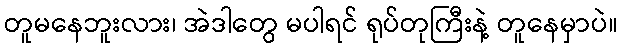
တူမနေဘူးလား၊ အဲဒါတွေ မပါရင် ရုပ်တုကြီးနဲ့ တူနေမှာပဲ။